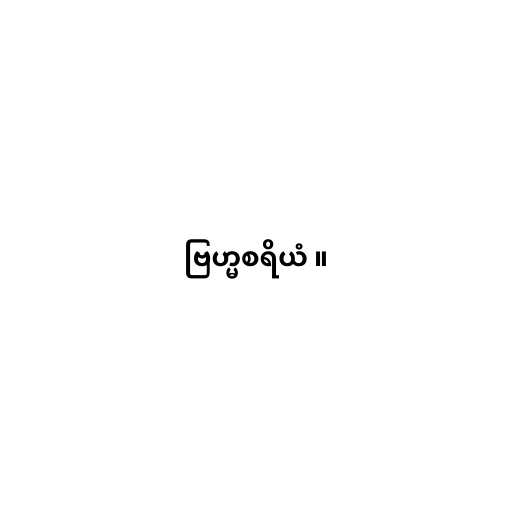
ဗြဟ္မစရိယံ ။